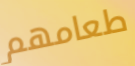
طعامهم